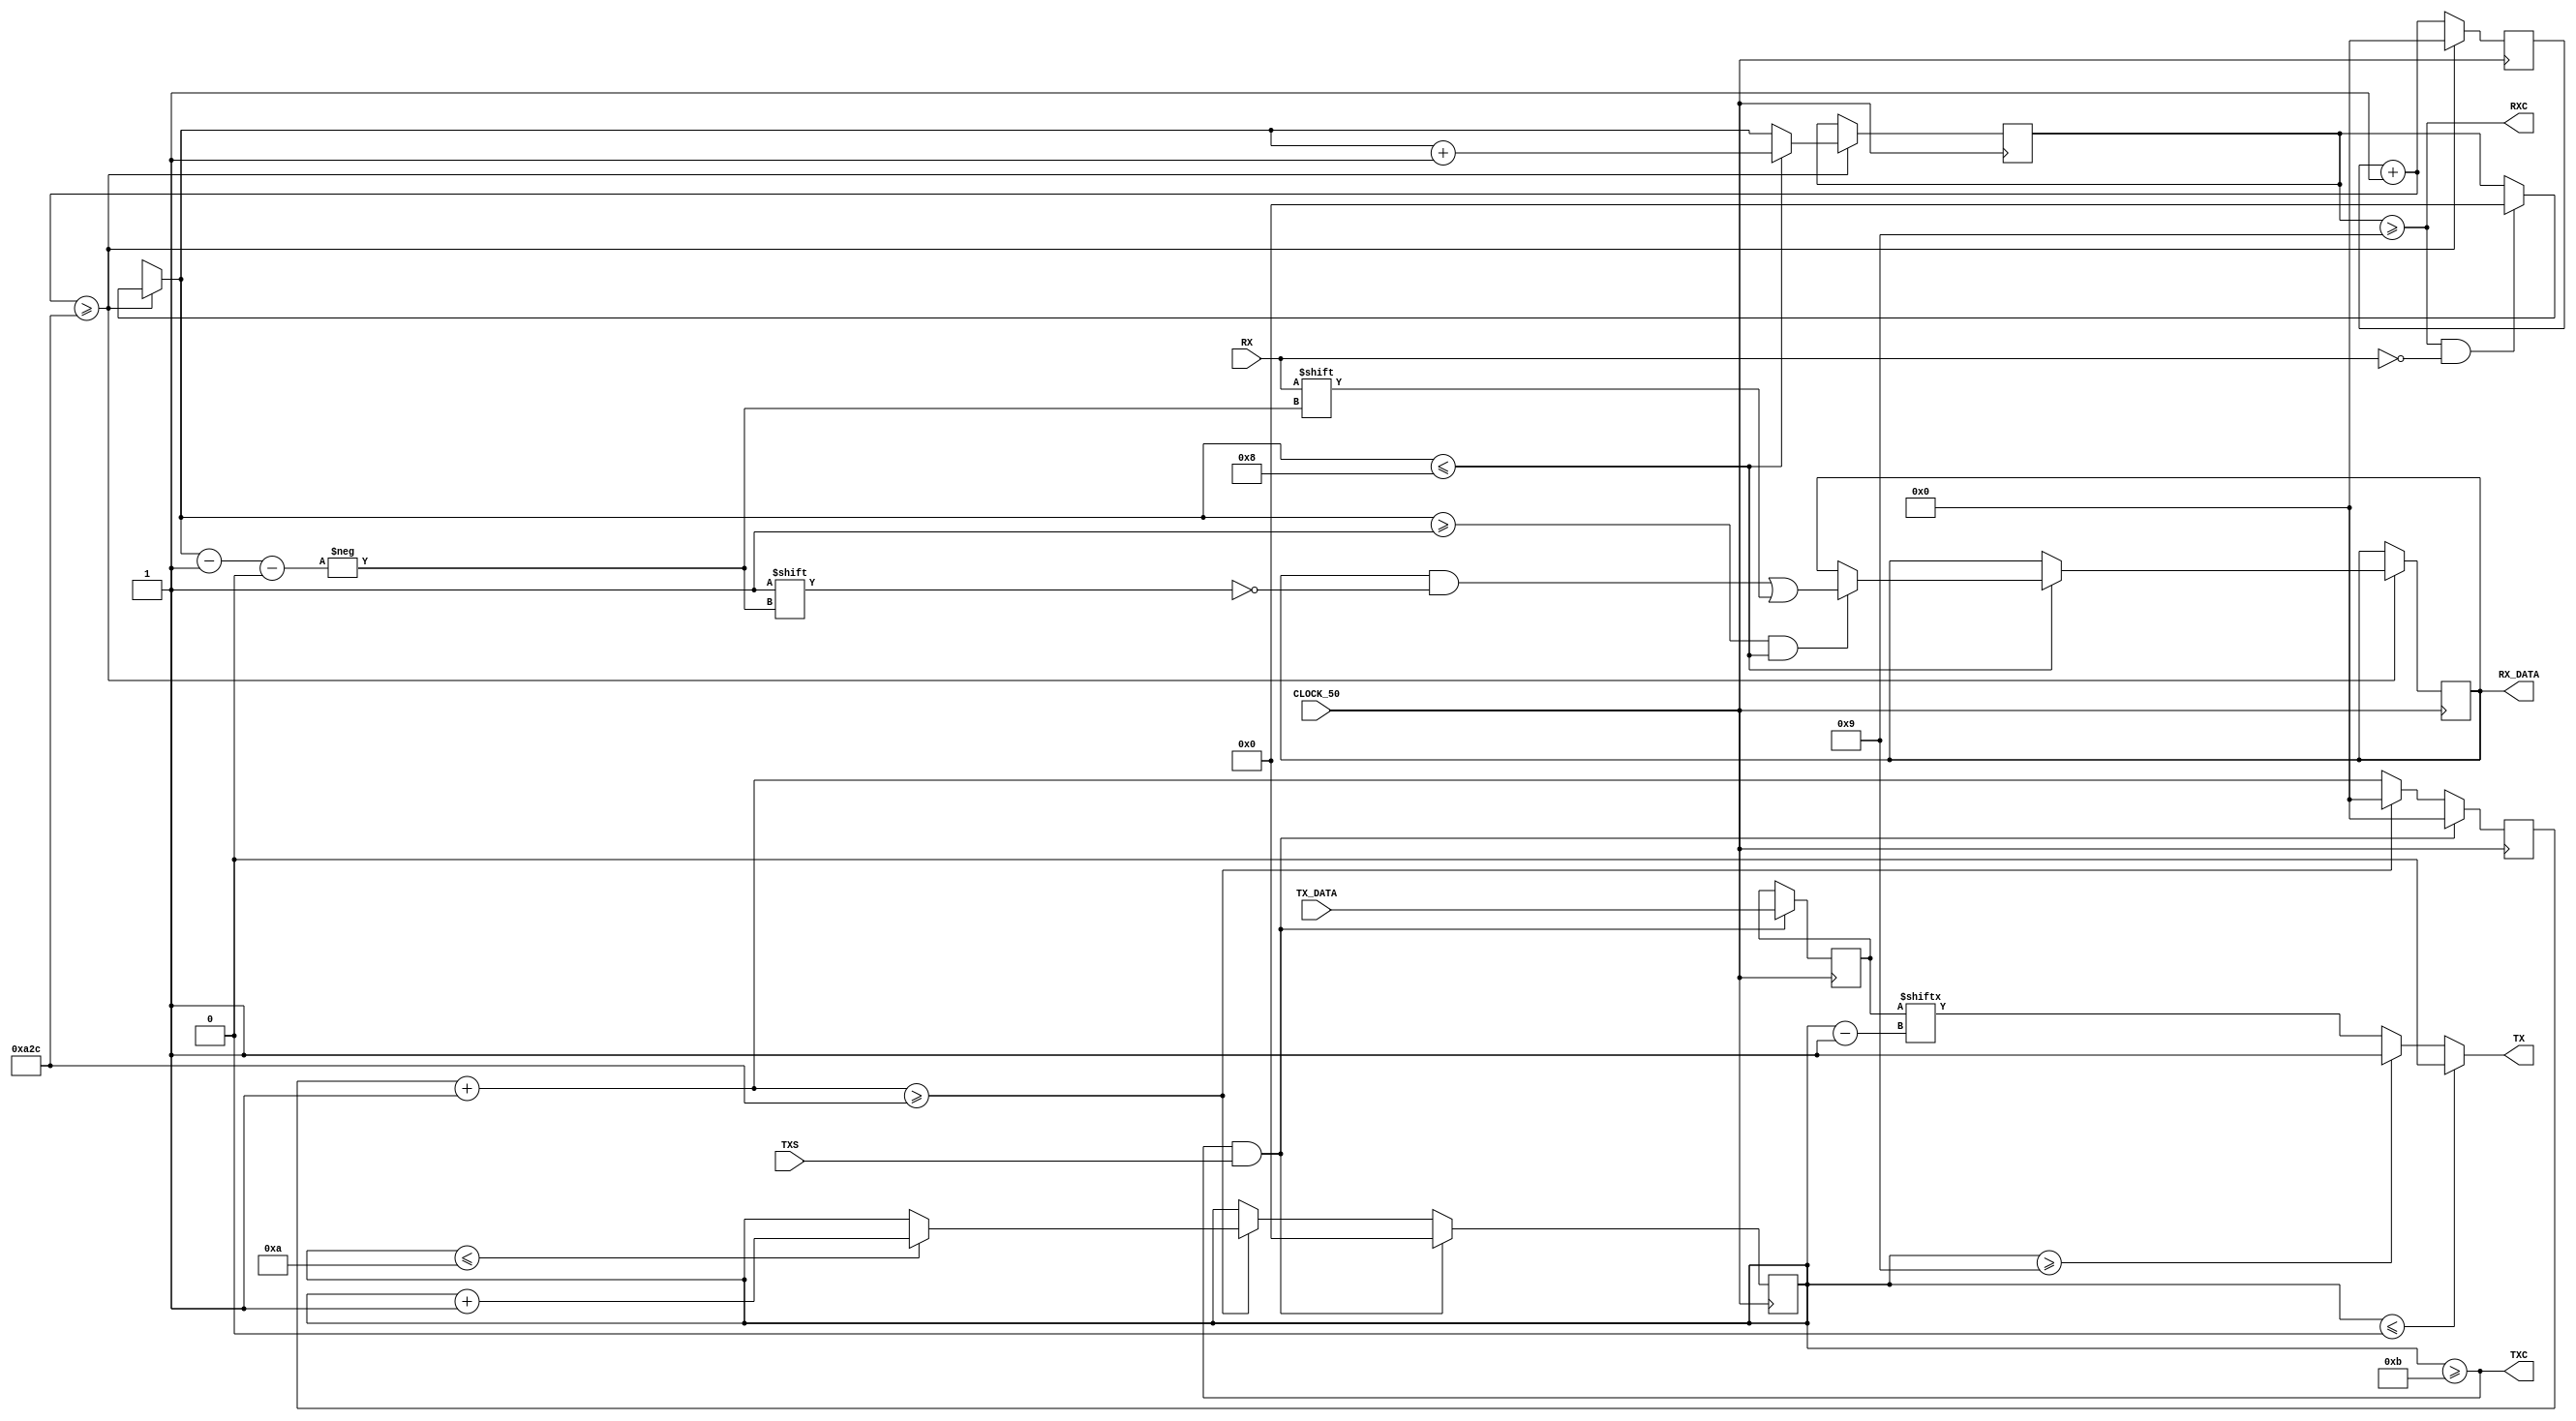
//  UART
//  : 19200 
//  : 8 
//  : 
// -: 1 
//    ,   ( ), 
//      ""    .

module uart (
	output [7:0]RX_DATA, //   (receive)
	input [7:0]TX_DATA, //   (transmit)
	output RXC, //    (transmit complete)
	output TXC, //    (receive complete)
	input TXS, //    (transmit start)
	input CLOCK_50, //   50 
	input RX, //  
	output TX //  
	);
	
	parameter PERIOD = 16'd2604; // 50 000 000  / 19200  = 2604,1(6)

	// ---  ---

	reg [7:0]rx_reg; //  
	reg [15:0]rx_clock_counter; //    
	reg [3:0]rx_bit_counter; //   
	
	always @(posedge CLOCK_50)
	begin
		//     
		rx_clock_counter = rx_clock_counter + 16'd1;
		if (rx_clock_counter >= PERIOD)
		begin
			//      
			rx_clock_counter = 16'd0;

			if (RXC & !RX) //          -   
				rx_bit_counter = 4'd0; //    

			if (rx_bit_counter <= 4'd8) //        
			begin
				if ((rx_bit_counter >= 4'd1) && (rx_bit_counter <= 4'd8)) //  -  -
					rx_reg[rx_bit_counter - 4'd1] = RX; //  
				rx_bit_counter = rx_bit_counter + 4'd1; //   
			end
		end
	end

	assign RX_DATA = rx_reg; //       
	
	assign RXC = (rx_bit_counter >= 4'd9); //   

	// ---  ---

	reg [7:0]tx_reg; //   
	reg [15:0]tx_clock_counter; //    
	reg [3:0]tx_bit_counter; //   
	
	always @(posedge CLOCK_50)
	begin
		//     
		tx_clock_counter = tx_clock_counter + 16'd1;
		if (tx_clock_counter >= PERIOD)
		begin
			//      
			tx_clock_counter = 16'd0;

			if (tx_bit_counter <= 4'd10) //      
					tx_bit_counter = tx_bit_counter + 4'd1; //   
		end
		
		if (TXC & TXS) //     -   "transmit start"
			begin
			tx_reg <= TX_DATA; //          
			tx_bit_counter <= 4'd0; //   
			tx_clock_counter <= 16'd0; //   ,  -   
			end
	end
	
	assign TX = //    
		(tx_bit_counter <= 4'd0) ? 1'b0 : //  
		(tx_bit_counter >= 4'd9) ? 1'b1 : // -
		tx_reg[tx_bit_counter - 4'd1]; // 

	assign TXC = (tx_bit_counter >= 4'd11); //   

endmodule